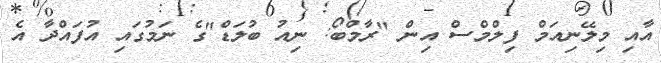
އާއި މިލޭނިއަމް ފިލްމްސް އިން "ރާމްބޯ: ނިއު ބުލަޑް"ގެ ނަމުގައި އުފައްދާ އެ